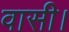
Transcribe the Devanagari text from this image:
वासी।